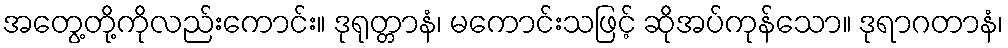
အတွေ့တို့ကိုလည်းကောင်း။ ဒုရုတ္တာနံ၊ မကောင်းသဖြင့် ဆိုအပ်ကုန်သော။ ဒုရာဂတာနံ၊